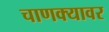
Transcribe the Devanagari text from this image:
चाणक्यावर